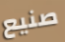
صنيع